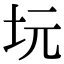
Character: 坃